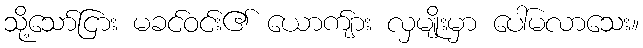
သို့သော်ငြား မခင်ဝင်း၏ ယောက်ျား လှမျိုးမှာ ပေါ်မလာသေး။